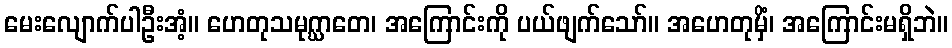
မေးလျောက်ပါဦးအံ့။ ဟေတုသမုဂ္ဃာတေ၊ အကြောင်းကို ပယ်ဖျက်သော်။ အဟေတုမှိံ၊ အကြောင်းမရှိဘဲ။